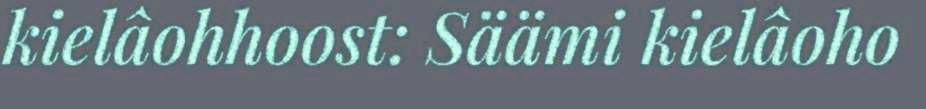
kielâohhoost: Säämi kielâoho